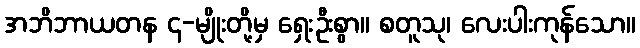
အဘိဘာယတန ၄-မျိုးတို့မှ ရှေးဦးစွာ။ စတူသု၊ လေးပါးကုန်သော။